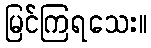
မြင်ကြရသေး။